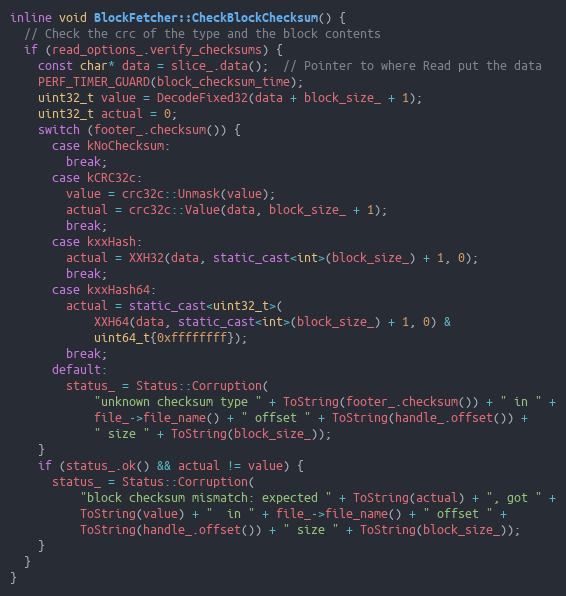
Language: C++
inline void BlockFetcher::CheckBlockChecksum() {
  // Check the crc of the type and the block contents
  if (read_options_.verify_checksums) {
    const char* data = slice_.data();  // Pointer to where Read put the data
    PERF_TIMER_GUARD(block_checksum_time);
    uint32_t value = DecodeFixed32(data + block_size_ + 1);
    uint32_t actual = 0;
    switch (footer_.checksum()) {
      case kNoChecksum:
        break;
      case kCRC32c:
        value = crc32c::Unmask(value);
        actual = crc32c::Value(data, block_size_ + 1);
        break;
      case kxxHash:
        actual = XXH32(data, static_cast<int>(block_size_) + 1, 0);
        break;
      case kxxHash64:
        actual = static_cast<uint32_t>(
            XXH64(data, static_cast<int>(block_size_) + 1, 0) &
            uint64_t{0xffffffff});
        break;
      default:
        status_ = Status::Corruption(
            "unknown checksum type " + ToString(footer_.checksum()) + " in " +
            file_->file_name() + " offset " + ToString(handle_.offset()) +
            " size " + ToString(block_size_));
    }
    if (status_.ok() && actual != value) {
      status_ = Status::Corruption(
          "block checksum mismatch: expected " + ToString(actual) + ", got " +
          ToString(value) + "  in " + file_->file_name() + " offset " +
          ToString(handle_.offset()) + " size " + ToString(block_size_));
    }
  }
}